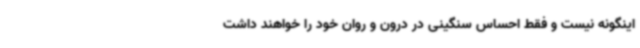
اینگونه نیست و فقط احساس سنگینی در درون و روان خود را خواهند داشت